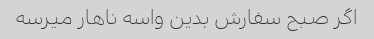
اگر صبح سفارش بدین واسه ناهار میرسه